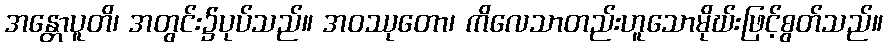
အန္တောပူတိ၊ အတွင်း၌ပုပ်သည်။ အဝဿုတော၊ ကိလေသာတည်းဟူသောမိုဃ်းဖြင့်စွတ်သည်။